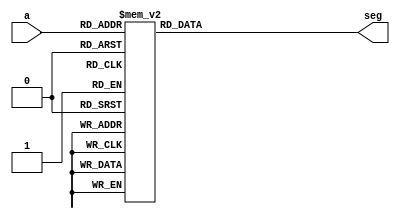
`timescale 1ns / 1ps
//////////////////////////////////////////////////////////////////////////////////
// Company: 
// Engineer: 
// 
// Design Name: 
// Module Name:    vsevenseg 
// Project Name: 
// Target Devices: 
// Tool versions: 
// Description: 
//
// Dependencies: 
//
// Revision: 
// Revision 0.01 - File Created
// Additional Comments: 
//
//////////////////////////////////////////////////////////////////////////////////
module vsevenseg(
    input [3:0] a,
    output reg[6:0] seg
    );



always @ *
	case(a)
		4'b0000 : seg = 7'b0111111;
		4'b0001 : seg = 7'b0000110;
		4'b0010 : seg = 7'b1011011;
		4'b0011 : seg = 7'b1001111;
		4'b0100 : seg = 7'b1100110;
		4'b0101 : seg = 7'b1101101;
		4'b0110 : seg = 7'b1111101;
		4'b0111 : seg = 7'b0000111;
		4'b1000 : seg = 7'b1111111;
		4'b1001 : seg = 7'b1101111;
		4'b1010 : seg = 7'b1110111;
		4'b1011 : seg = 7'b1111100;
		4'b1100 : seg = 7'b0111001;
		4'b1101 : seg = 7'b1011110;
		4'b1110 : seg = 7'b1111001;
		4'b1111 : seg = 7'b1110001;
	endcase
endmodule